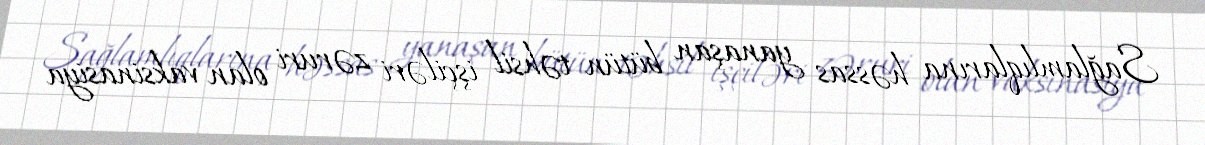
Sağlamlıqlarına həssas yanaşan bütün təhsil işçiləri zəruri olan vaksinasiya